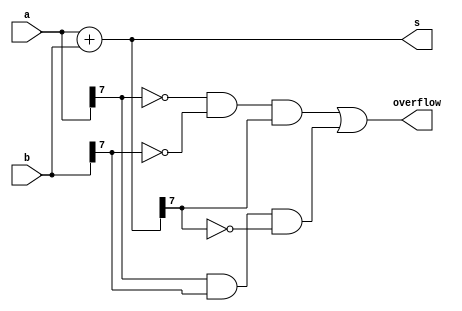
/*
Problem Statement: Assume that you have two 8-bit 2's complement numbers, a[7:0] and b[7:0]. These numbers are added to produce s[7:0].
                    Also compute whether a (signed) overflow has occurred.

                    Module Declaration
                    module top_module (
                        input [7:0] a,
                        input [7:0] b,
                        output [7:0] s,
                        output overflow
                    ); 

Solution:
*/

module top_module (
    input [7:0] a,
    input [7:0] b,
    output [7:0] s,
    output overflow
); //
  
    assign s = a+b;
    assign overflow = ((!a[7]) & (!b[7]) & s[7]) || (a[7] & b[7] & (!s[7]));
endmodule